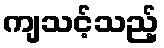
ကျသင့်သည့်